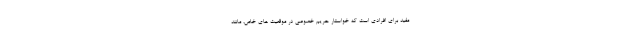
مفید برای افرادی است که خواستار حریم خصوصی در موقعیت های خاص، مانند